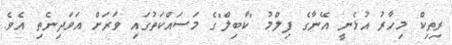
ރިތިކް މިހާރު އުޅެނީ އޭނާގެ ފިލްމު "ކާބިލް"ގެ މަސައްކަތުގައި ވަރަށް އަވަދިނެތި އެވެ.